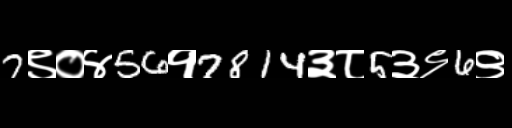
Text: 7९०४56१7814३८5३९6९